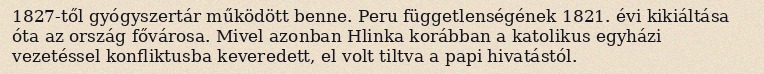
1827-től gyógyszertár működött benne. Peru függetlenségének 1821. évi kikiáltása óta az ország fővárosa. Mivel azonban Hlinka korábban a katolikus egyházi vezetéssel konfliktusba keveredett, el volt tiltva a papi hivatástól.